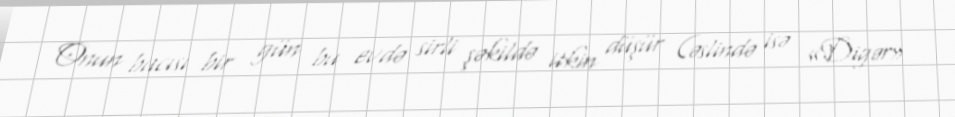
Onun bacısı bir gün bu evdə sirli şəkildə itkin düşür (əslində isə «Digər»